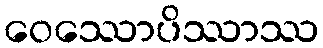
ဝေဿောပိဿာဿ